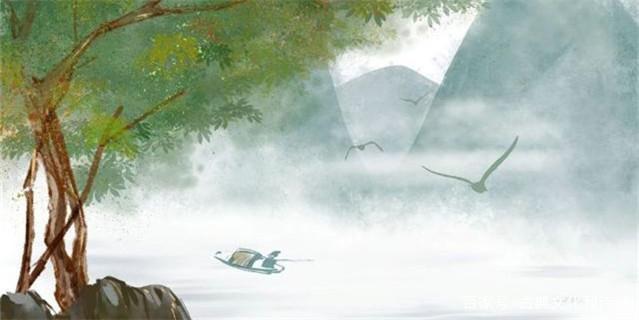
唯有门前镜湖水，春风不改旧时波。